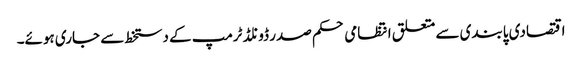
اقتصادی پابندی سے متعلق انتظامی حکم صدر ڈونلڈ ٹرمپ کے دستخط سے جاری ہوئے۔